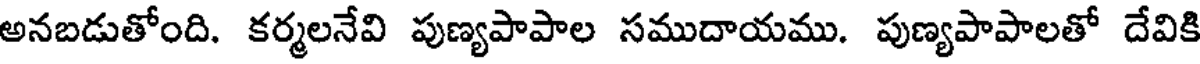
అనబడుతోంది. కర్మలనేవి పుణ్యపాపాల సముదాయము. పుణ్యపాపాలతో దేవికి